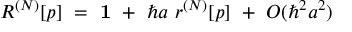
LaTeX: R ^ { ( N ) } [ p ] \ = \ { \bf 1 } \ + \ \hbar a \ r ^ { ( N ) } [ p ] \ + \ O ( \hbar ^ { 2 } a ^ { 2 } )